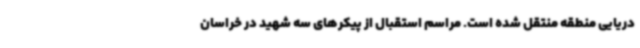
دریایی منطقه منتقل شده است. مراسم استقبال از پیکرهای سه شهید در خراسان